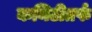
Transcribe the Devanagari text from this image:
कमिटीतर्फ